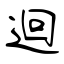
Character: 迴